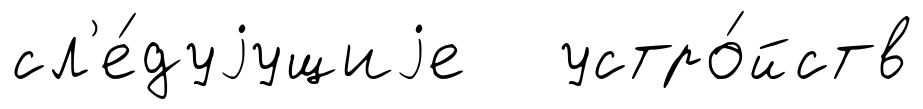
сл'е́дуjущиjе устро́йств